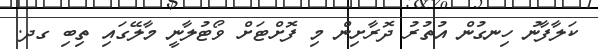
ކަލާފާނު ހިނގުން އުތުރު ދޮރާށިން މި ފޮށްޓަށް ވޯޓުލާނީ މާލޭގައި ތިބި ގދ.